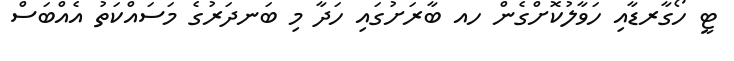
ޓީ ހޯގާރޑާއި ހަވާލުކޮށްގެން ހއ ބާރަށުގައި ހަދާ މި ބަނދަރުގެ މަސައްކަތު އެއްބަސް